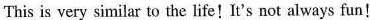
This is very similar to the life!It's not always fun!